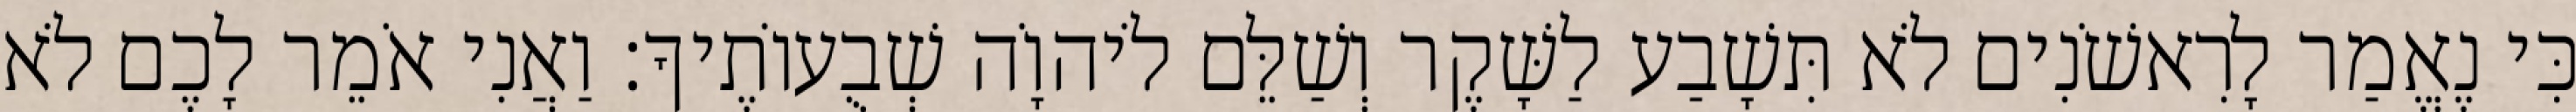
כִּי נֶאֱמַר לָרִאשֹׁנִים לֹא תִּשָׁבַע לַשָּׁקֶר וְשַׁלֵּם לֹיהוָֹה שְׁבֻעוֹתֶיךָ׃ וַאֲנִי אֹמֵר לָכֶם לֹא